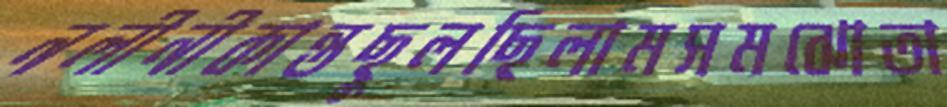
নলীনীকান্তছুলছিলামসমঝোতা